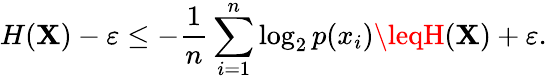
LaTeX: H(\mathbf{X})-\varepsilon\leq-{\frac{{1}}{{n}}}\sum_{i=1}^{n}\log_{2}p(x_{i})\leqH(\mathbf{X})+\varepsilon.